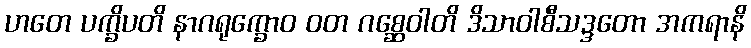
ဟတေ ပက္ခိပတိ နာဂရုက္ခောဝ ဝတ ဂစ္ဆေဝါတိ ဒိသာဝါစီသဒ္ဒတော အကရာနိ